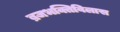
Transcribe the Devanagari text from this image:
ब्रजभक्तिविलास